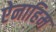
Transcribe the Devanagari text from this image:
ऐनाहिम